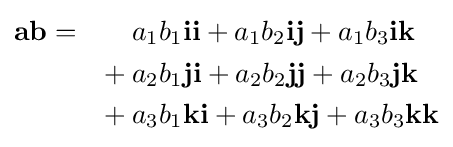
{\begin{aligned}\mathbf {ab} =\qquad &a_{1}b_{1}\mathbf {ii} +a_{1}b_{2}\mathbf {ij} +a_{1}b_{3}\mathbf {ik} \\{}+{}&a_{2}b_{1}\mathbf {ji} +a_{2}b_{2}\mathbf {jj} +a_{2}b_{3}\mathbf {jk} \\{}+{}&a_{3}b_{1}\mathbf {ki} +a_{3}b_{2}\mathbf {kj} +a_{3}b_{3}\mathbf {kk} \end{aligned}}